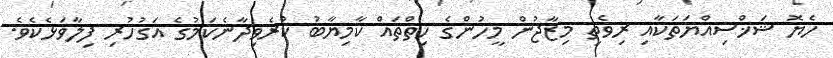
ހެޔޮ ޝަޚްސިއްޔަތަކާއި ރިވެތި މިޒާޖުން މީހުންގެ ހިތްތައް ކާމިޔާބު ކުރެވިދާނެކަމުގެ އަގުހުރި ފިލާވަޅެކެވެ.